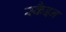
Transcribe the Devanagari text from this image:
स्कैइन